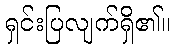
ရှင်းပြလျက်ရှိ၏။